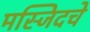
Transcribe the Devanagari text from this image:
मस्जिदचे